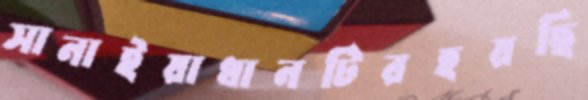
সানাইয়াধানটিরহয়ছি